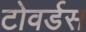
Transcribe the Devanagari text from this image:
टोवर्डस